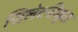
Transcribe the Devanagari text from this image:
जिलेटनीकृत